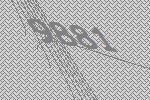
9881